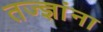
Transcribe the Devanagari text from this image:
तज्‍ज्ञांना